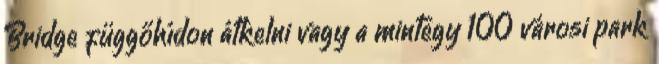
Bridge függőhídon átkelni vagy a mintegy 100 városi park